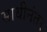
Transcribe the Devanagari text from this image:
साथीनंतर